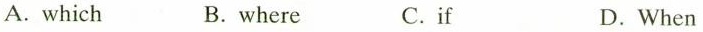
A. which B.where C.if D.When